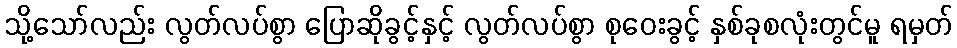
သို့သော်လည်း လွတ်လပ်စွာ ပြောဆိုခွင့်နှင့် လွတ်လပ်စွာ စုဝေးခွင့် နှစ်ခုစလုံးတွင်မူ ရမှတ်